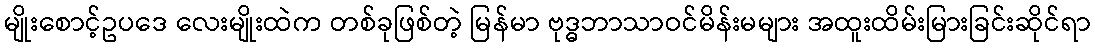
မျိုးစောင့်ဥပဒေ လေးမျိုးထဲက တစ်ခုဖြစ်တဲ့ မြန်မာ ဗုဒ္ဓဘာသာဝင်မိန်းမများ အထူးထိမ်းမြားခြင်းဆိုင်ရာ